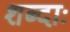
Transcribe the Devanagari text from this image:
शब्दाः